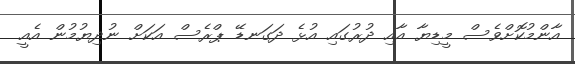
އާންމުކޮށްވެސް މީޑިޔާ އާއި ދުރުގައި އުޅެ ދަގަނޑޭ ޕްރެސް އަކަށް ނުދިޔުމުން އެއީ